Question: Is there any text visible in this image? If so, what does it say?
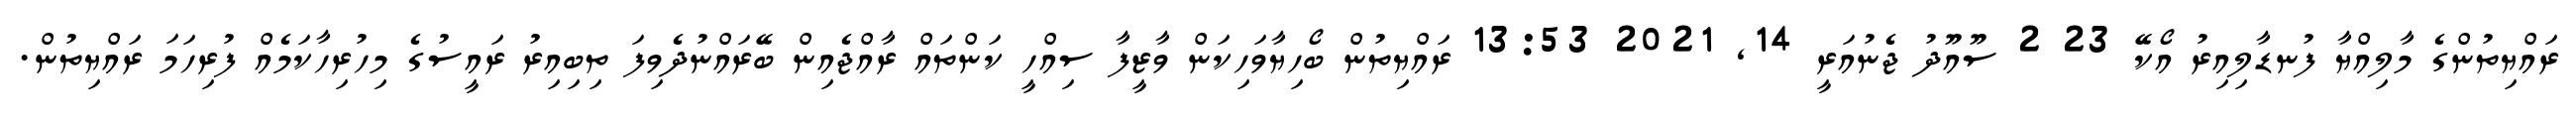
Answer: ރައްޔިތުންގެ މާލިއްޔާ ފުނޑާލިއިރު އޯކޭ 23 2 ސޫއޫދު ޖެނުއަރީ 14, 2021 13:53 ރައްޔިތުން ބޯހިޔާވަހިކަން ވާޒީފާ ސިއްހީ ކަންތައް ރާއްޖެއިން ބޭރައްނުދެވިފަ ތިބިއިރު ރައީސުގެ މިހުރިހާކަމެއް ފުރިހަމަ ރައްޔިތުން.